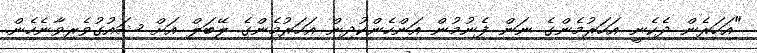
"އަހަރެން ދެކެނީ އަހަރުމެންގެ ނަން ފެނުމުން އަންހެންކުދިން އަހަރުމެންގެ ލޭބަލް އަށް ޝައުގުވެރިވާނެހެން.